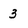
Character: 3